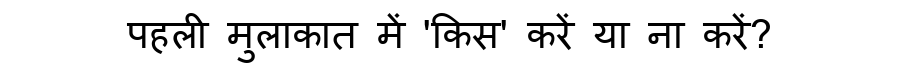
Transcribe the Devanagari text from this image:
पहली मुलाकात में 'किस' करें या ना करें?